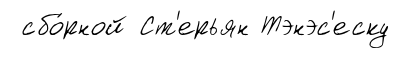
сбо́рной Ст'ерьян Тэнэс'еску